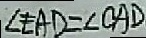
\angle E A D = \angle O A D